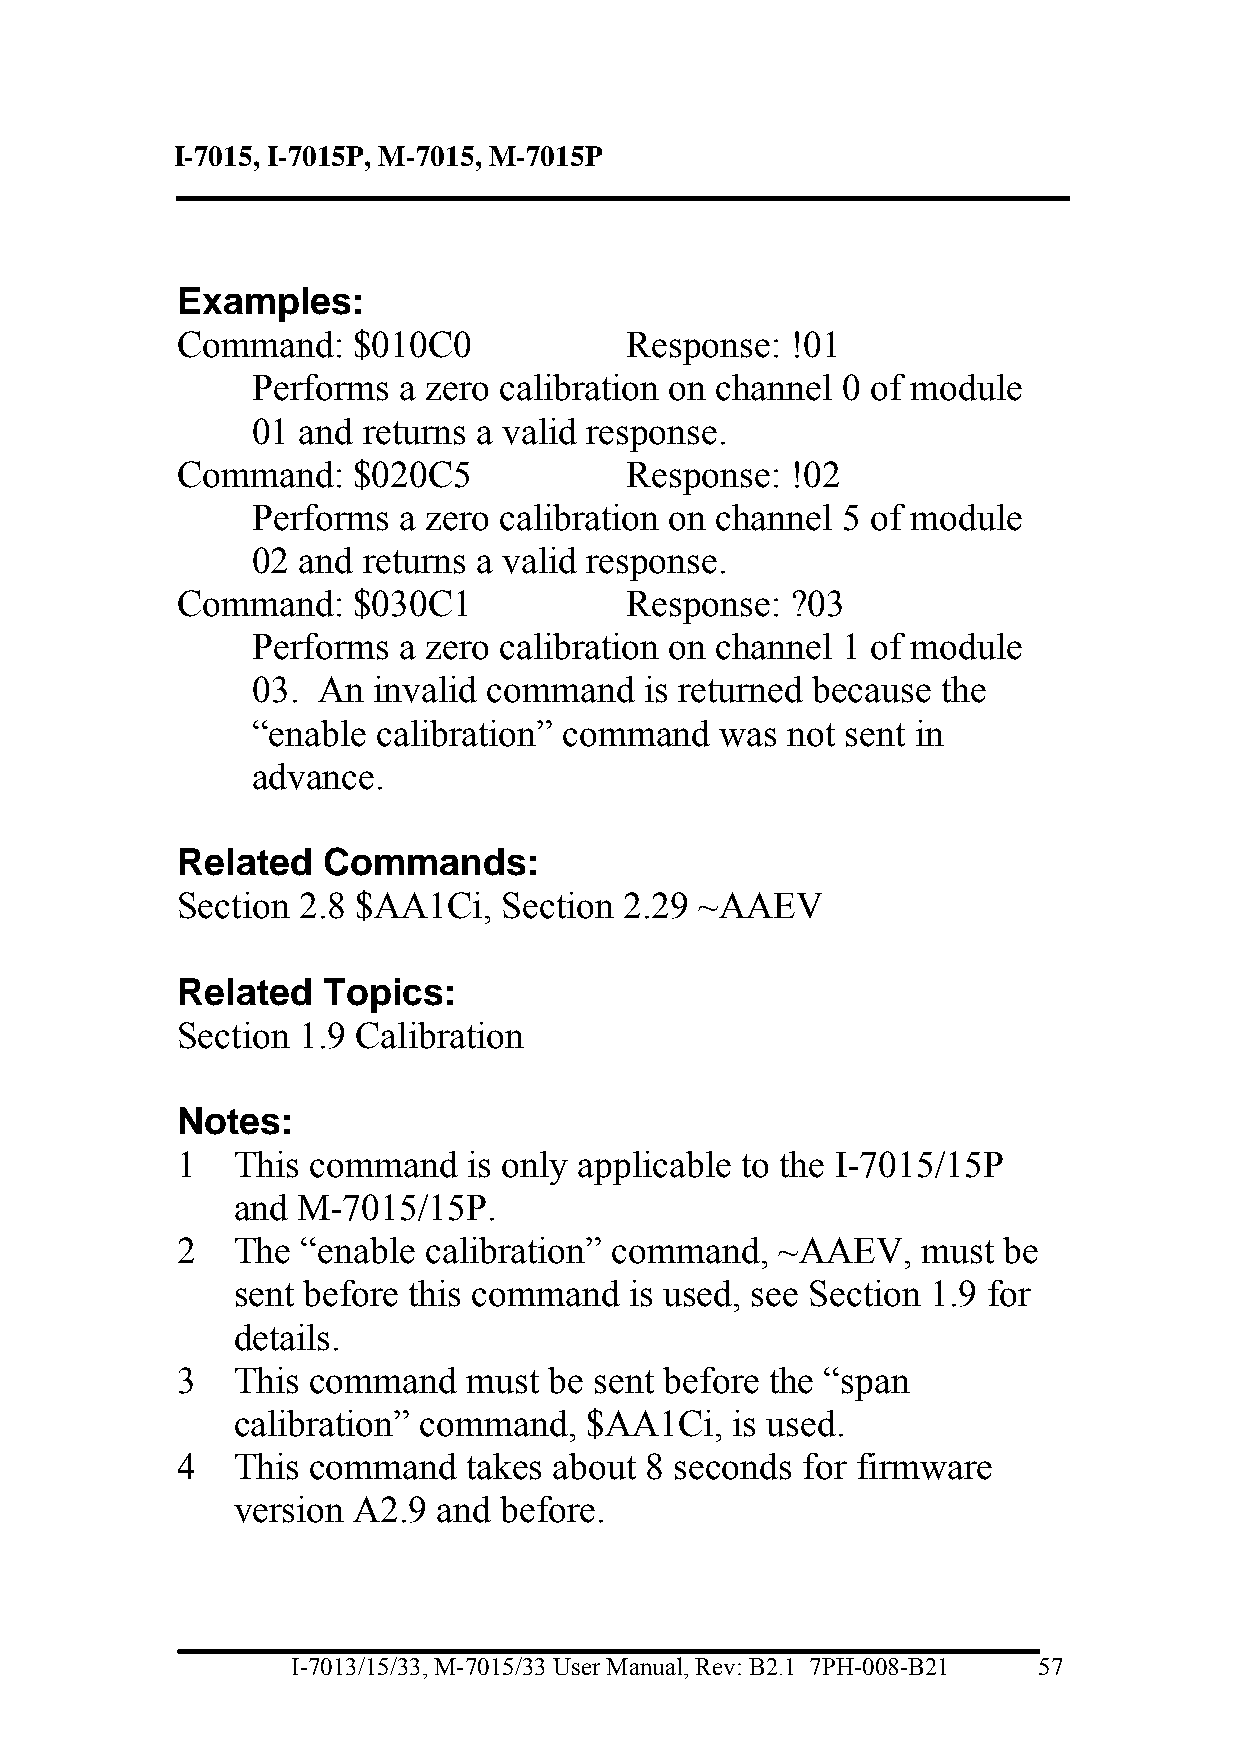
I-7015, I-7015P, M-7015, M-7015P
 Examples:
 Command:   $010C0             Response: !01
 Performs a zero calibration on channel 0 of module
 01 and returns a valid response.
 Command:   $020C5             Response: !02
 Performs a zero calibration on channel 5 of module
 02 and returns a valid response.
 Command:   $030C1             Response: ?03
 Performs a zero calibration on channel 1 of module
 03. An  invalid command   is returned because the
 “enable calibration” command   was not sent in
 advance.
 Related  Commands:
 Section 2.8 $AA1Ci,  Section 2.29 ~AAEV
 Related  Topics:
 Section 1.9 Calibration
 Notes:
 1  This command    is only applicable to the I-7015/15P
 and  M-7015/15P.
 2  The  “enable calibration” command,   ~AAEV,   must be
 sent before this command   is used, see Section 1.9 for
 details.
 3  This command    must be sent before the “span
 calibration” command,   $AA1Ci,  is used.
 4  This command    takes about 8 seconds for firmware
 version A2.9  and before.
 I-7013/15/33, M-7015/33 User Manual, Rev: B2.1 7PH-008-B21 57